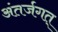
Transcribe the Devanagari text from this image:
अंतर्जगत्‌